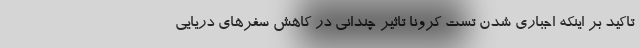
تاکید بر اینکه اجباری شدن تست کرونا تاثیر چندانی در کاهش سفرهای دریایی